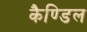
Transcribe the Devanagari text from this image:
कैण्डिल